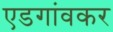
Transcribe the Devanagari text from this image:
एडगांवकर